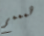
همممم